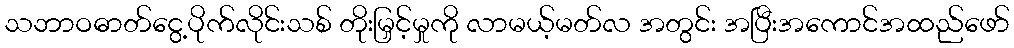
သဘာဝဓာတ်ငွေ့ပိုက်လိုင်းသစ် တိုးမြှင့်မှုကို လာမယ့်မတ်လ အတွင်း အပြီးအကောင်အထည်ဖော်